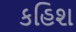
કહિશ